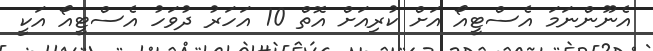
އެނޫންނަމަ އެސްޓީއޯ އަށް ކުރިއަށް އޮތް 10 އަހަރު ދުވަހު އެސްޓީއޯ އަކީ